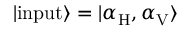
| \mathrm { i n p u t } \rangle = | \alpha _ { \mathrm { H } } , \alpha _ { \mathrm { V } } \rangle